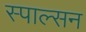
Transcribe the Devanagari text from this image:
स्पाल्सन